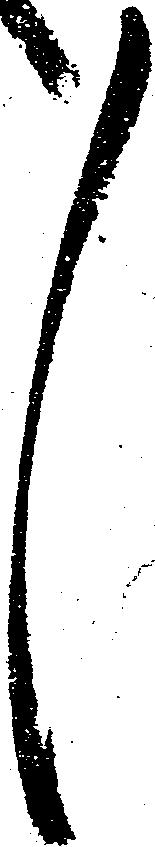
々